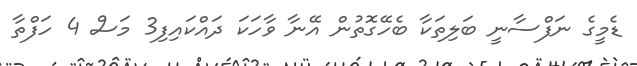
ޑެމީގެ ނަފްސާނީ ބަލިތަކާ ބެހޭގޮތުން އޭނާ ވާހަކަ ދައްކައިފި3 މަސް 4 ހަފްތާ